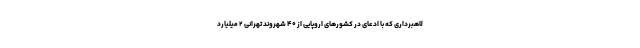
لاهبرداری که با ادعای در کشورهای اروپایی از ۴۰ شهروند تهرانی ۲ میلیارد